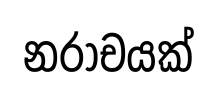
නරාචයක්